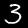
Label: 3